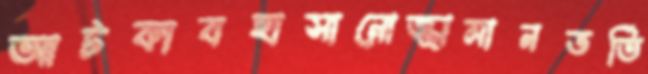
আটকাবহাসানোজ্জামানভর্তি